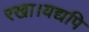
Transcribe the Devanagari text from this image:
रखा।यद्यपि